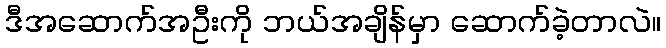
ဒီအဆောက်အဦးကို ဘယ်အချိန်မှာ ဆောက်ခဲ့တာလဲ။